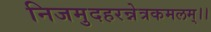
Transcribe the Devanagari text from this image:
निजमुदहरन्नेत्रकमलम्।।